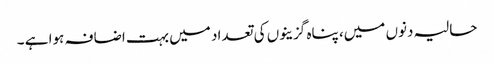
حالیہ دنوں میں، پناہ گزینوں کی تعداد میں بہت اضافہ ہوا ہے ۔